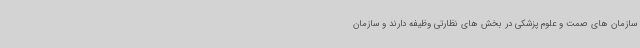
سازمان های صمت و علوم پزشکی در بخش های نظارتی وظیفه دارند و سازمان